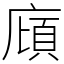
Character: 廎